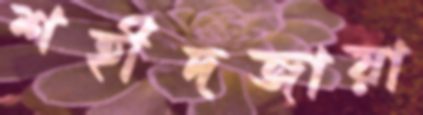
শহীদজায়া